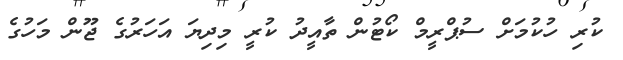
ކުރި ހުކުމަށް ސުޕްރީމް ކޯޓުން ތާއީދު ކުރީ މިދިޔަ އަހަރުގެ ޖޫން މަހުގެ